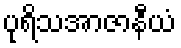
ပုရိသအာဇာနီယံ